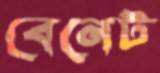
বেনেট